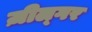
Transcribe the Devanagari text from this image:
ज़ील्‍गर